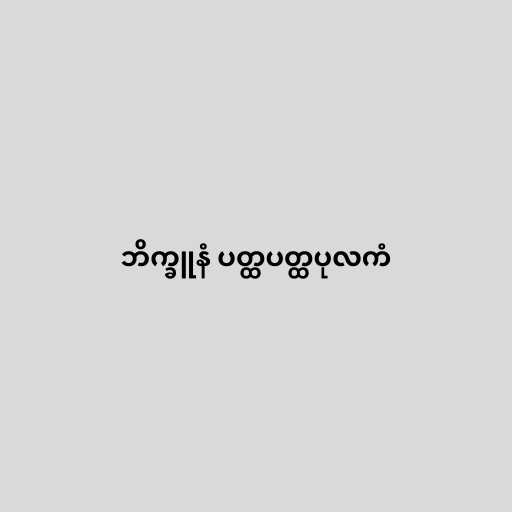
ဘိက္ခူနံ ပတ္ထပတ္ထပုလကံ